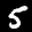
Label: 5